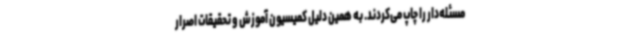
مسئله‌دار را چاپ می‌کردند. به همین دلیل کمیسیون آموزش و تحقیقات اصرار